Civil Veterinary Dept. Bombay admin report 1893-99 - 1893-1899
Year: 1893
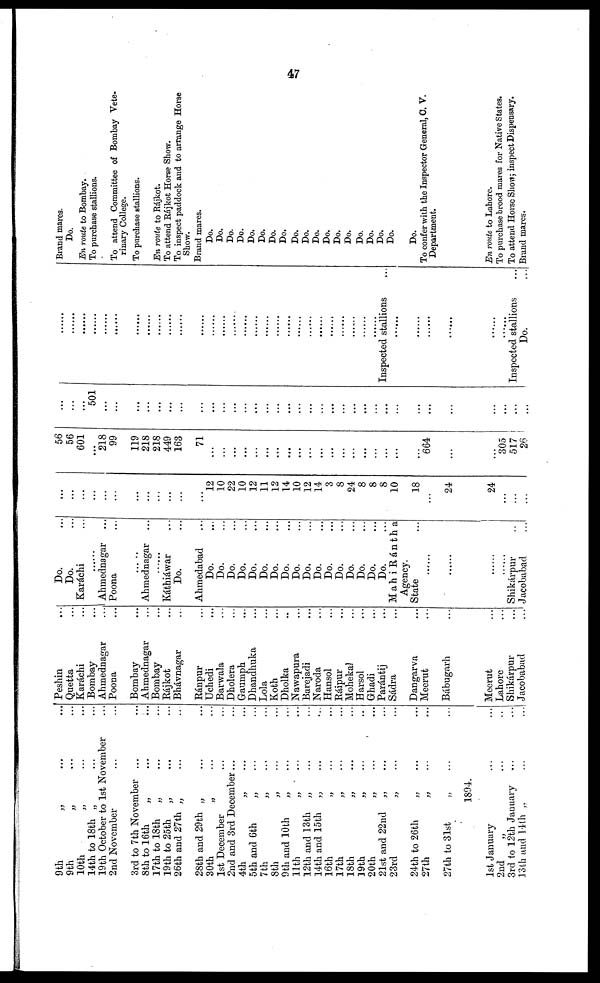
47
9th
„ ... ...
9th
„ ... ...
10th „ ... ...
14th to 18th „ ... ...
19th October to 1st November ...
2nd November ... ...
3rd to 7th November ... ...
8th to 16th
„
...
...
17th to 18th
„ ... ...
19th to 25th
„ ... ...
26th and 27th „ ... ...
28th and 29th „ ... ...
30th
„ ... ...
1st December ... ...
2nd and 3rd December ... ...
4th „ ... ...
5th and 6th
„ ... ...
7th „ ... ...
8th „ ... ...
9th and 10th „ ... ...
11th „ ... ...
12th and 13th „ ... ...
14th and 15th „ ... ...
16th „ ... ...
17th „ ... ...
18th
„
...
...
19th
„ ... ...
20th
„ ... ...
21st and 22nd „ ... ...
23rd
„ ... ...
24th to 26th
„ ... ...
27th „ ... ...
27th to 31st „ ... ...
1894.
1st January ... ...
2nd
„ ... ...
3rd to 12th January
... ...
13th and 14th „ ... ...
Peshin ...
Quetta ...
Karáchi
Bombay
Ahmednagar ...
Poona ...
Bombay
Ahmednagar ...
Bombay
Rájkot ...
Bhávnagar ...
Ránpur ...
Uchedi ...
Barwala ...
Dholera ...
Gaumph ...
Dhandhuka ...
Lola
Koth ...
Dholka ...
Nawapura ...
Barejadi ...
Naroda ...
Hansol ...
Ráipur ...
Mohekal ...
Harsol ...
Ghadi ...
Parántij ...
Sádra ...
Dangarva ...
Meerut ...
Bábugarh ...
Meerut ...
Lahore ...
Shikárpur ...
Jacobabad ...
Do.
Do.
Karáchi
......
Ahmednagar ...
Poona ...
Ahmednagar ...
Káthiáwar ...
Do. ...
Ahmedabad ...
Do. ...
Do. ...
Do. ...
Do. ...
Do. ...
Do. ...
Do. ...
Do. ...
Do. ...
Do. ...
Do. ...
Do. ...
Do. ...
Do. ...
Do. ...
Do. ...
Do. ...
Mahi Rántha
Agency.
State ...
......
......
......
......
Shikárpur ...
Jacobabad ...
...
...
...
...
...
...
...
...
...
...
...
...
12
10
22
10
12
11
12
14
10
12
14
3
8
24
8
8
8
10
18
...
24
24
...
...
...
56
56
601
...
218
99
119
218
218
449
163
71
...
...
...
...
...
...
...
...
...
...
...
...
...
...
...
...
...
...
...
664
...
...
305
517
26
...
...
...
501
...
...
...
...
...
...
...
...
...
...
...
...
...
...
...
...
...
...
...
...
...
...
...
...
...
...
...
...
...
...
......
...
...
......
......
......
......
......
......
......
......
......
......
......
......
......
......
......
......
......
......
......
......
......
......
......
......
......
......
......
Inspected stallions ...
......
......
......
......
......
......
Inspected stallions ...
Do. ...
Brand mares.
Do.
En route to Bombay.
To purchase stallions.
To attend Committee of Bombay Vete-
rinary College.
To purchase stallions.
En route to Rájkot.
To attend Rájkot Horse Show.
To inspect paddock and to arrange Horse
Show.
Brand mares.
Do.
Do.
Do.
Do.
Do.
Do.
Do.
Do.
Do.
Do.
Do.
Do.
Do.
Do.
Do.
Do.
Do.
Do.
Do.
To confer with the Inspector General, C. V.
Department.
En route to Lahore.
To purchase brood mares for Native States.
To attend Horse Show; inspect Dispensary.
Brand mares.